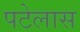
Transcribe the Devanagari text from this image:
पटेलास